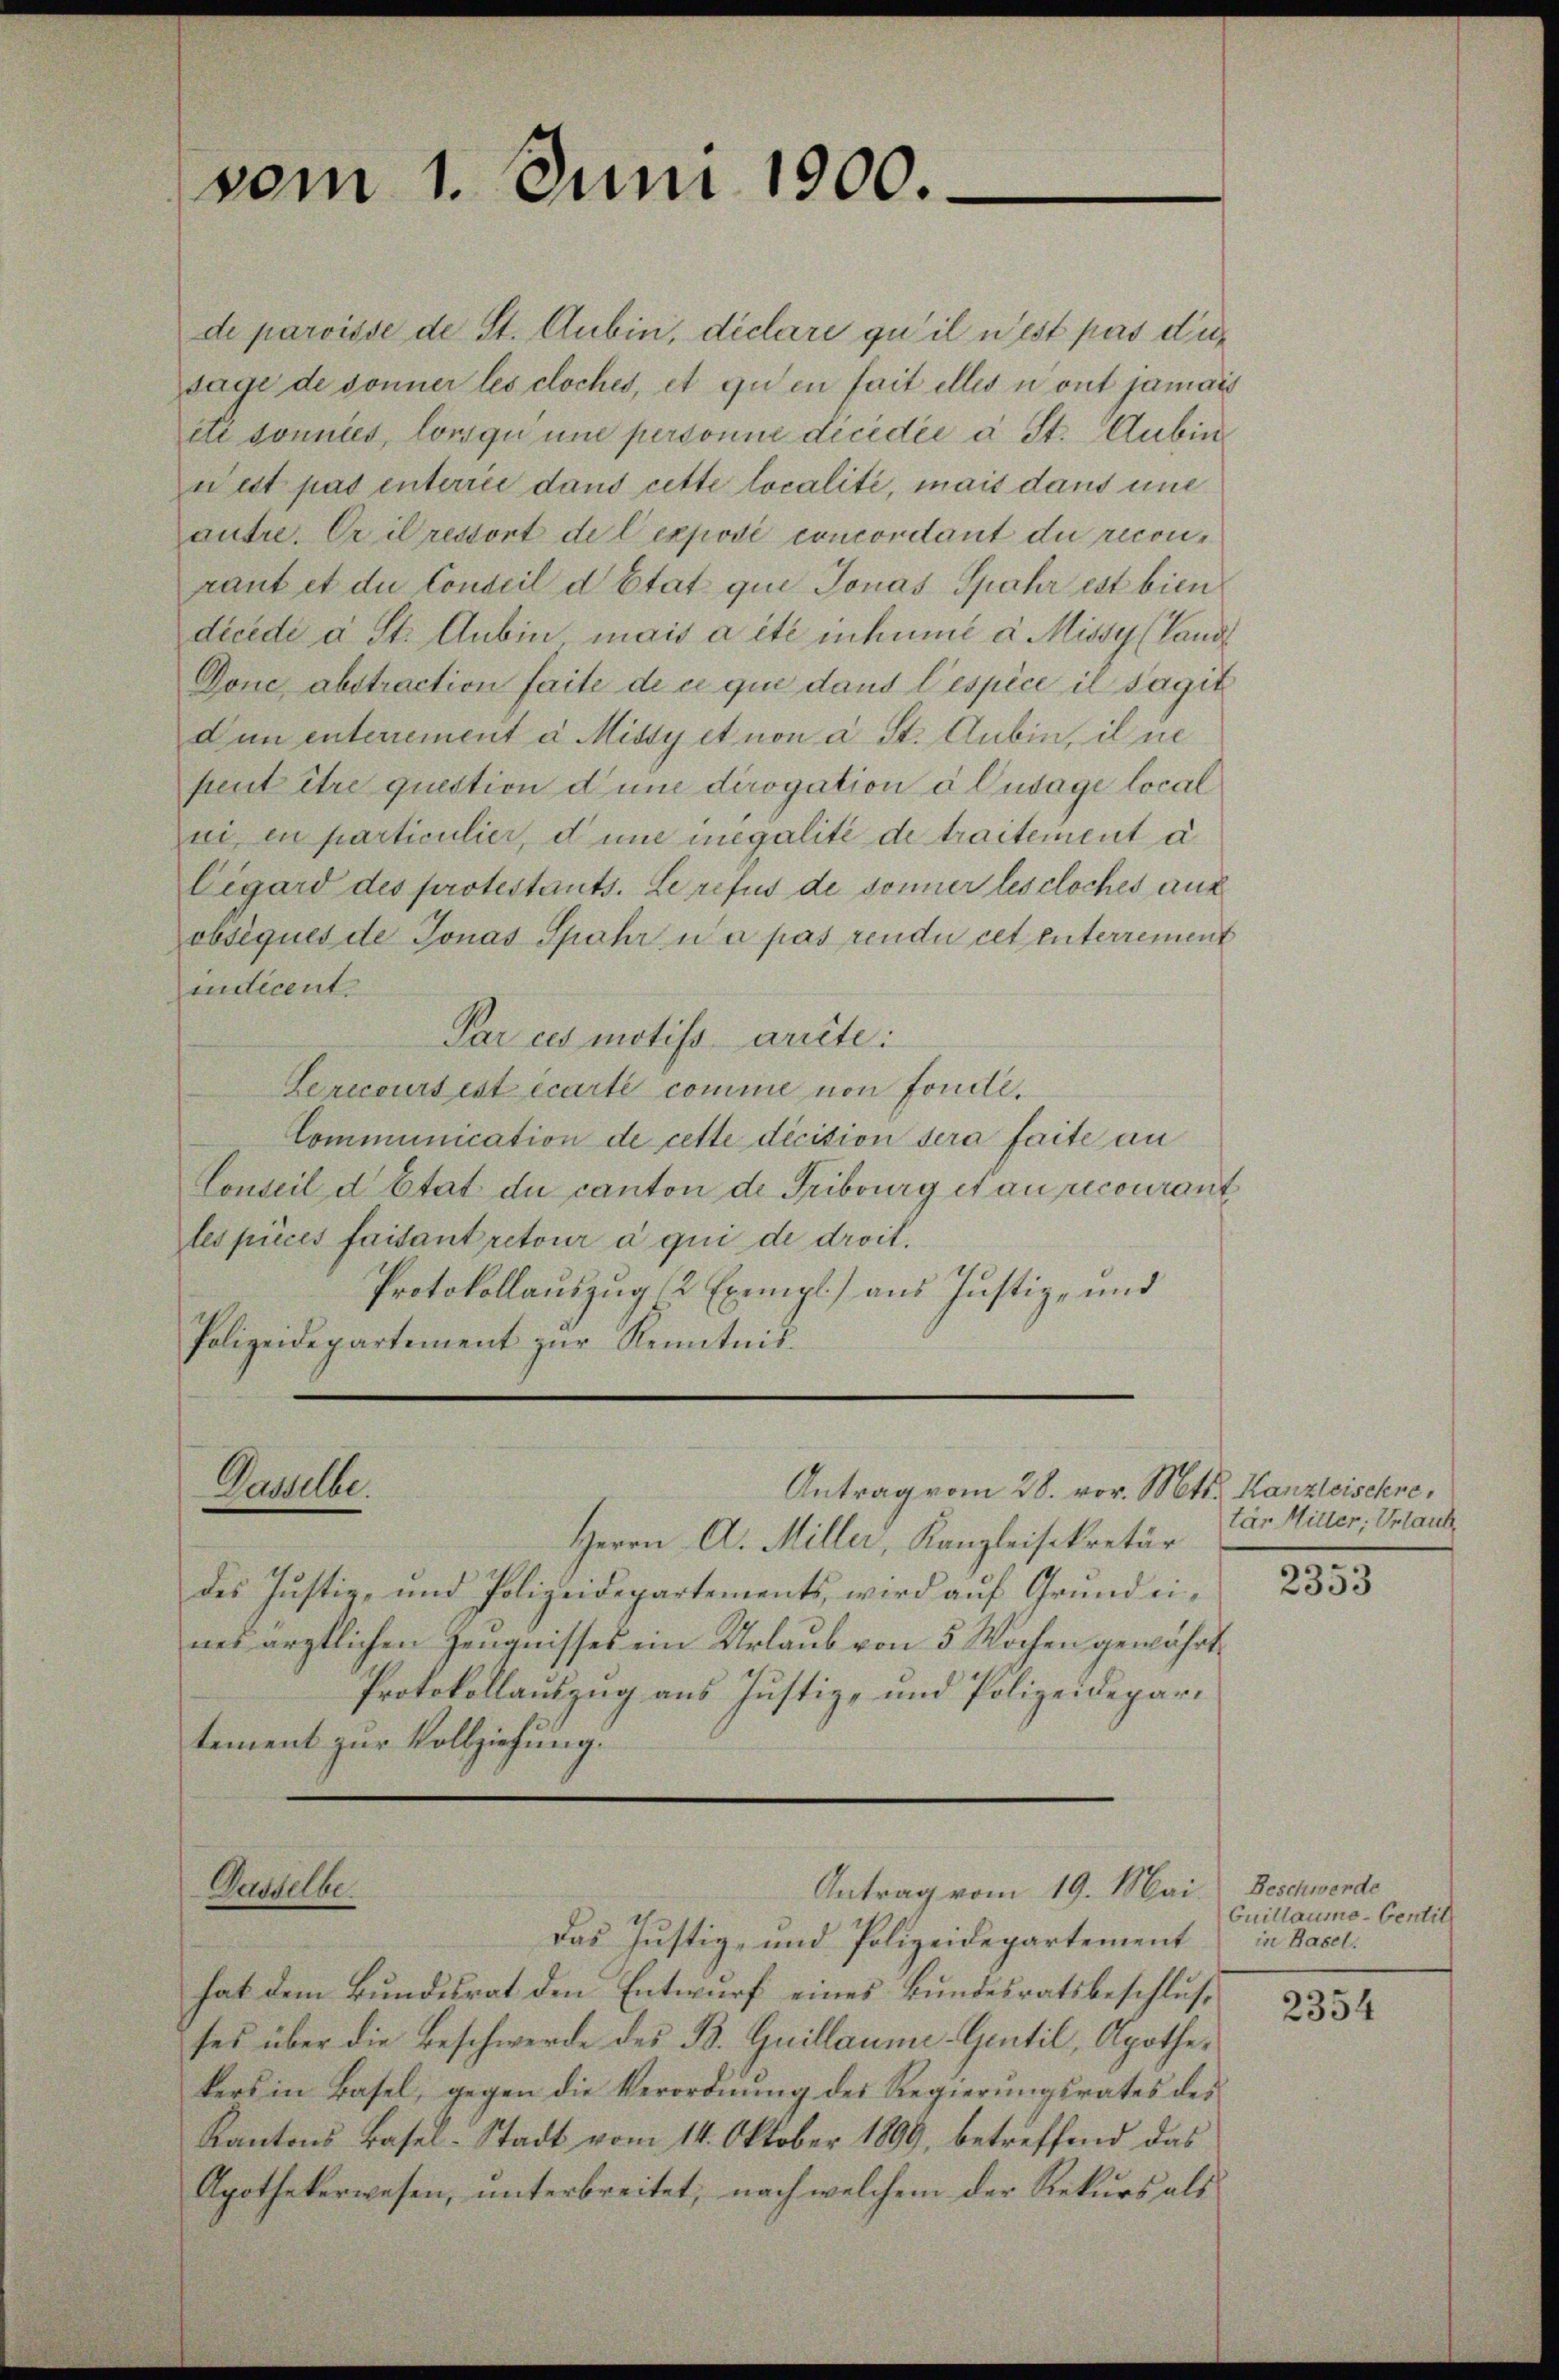
vom 1. Juni 1900.

de paroisse de St. Aubin, déclare qu’il n’est pas diesade de sonner les cloches, et qu’en fait elles u ont jamais
etc donnies, lorsqu une personne dicidii a St. Aubin
nest pas interrei dans cette localité, mais dans une
autre. Er il ressort de lexpodi concordant du reconraut et du Conseil d Etat que Jonas Spahr est bien
dicede a St. Aubin mais a été inhume a Missy (Landl
Done, abstraction faite de ce que dans l’espice il sagit
Dun interement à Missy et non a St. Aubin, il ne
sreut être question d’une dirogation à usage local
ui en particulier, d’une megalité de traitement a.
Cigard des protestants. Le refus de sonner les cloches aux
abséques de Jonas Spahr u a pas rendu cet interrement
indicent.
Par ces motifs arite:
Lerccours est écarte comme von fondle.
Communication de cette decision sera faite an
Conseil d. Etat du canton de Fribourg et au recourant
les pièces faisant retour à qui de droit.
Protokollauszug (2 Exempl.) aus Justiz- und
Polizeidepartement zŭr Kenntnis.

Antrag vom 28. vor. Mts. Kanzleischre¬
Dasselbe.

Dasselbe

Antrag vom 19. Mai.

Herrn A. Miller, Kanzleisekretär
des Justiz- und Polizeidepartements, wird auf Grundeines ärztlichen Zeugnisses ein Urlaub von 5 Wochen gewährt.
Protokollauszug aus Justiz- und Polizeidepartement zur Vollziehung.

Das Justiz- und Polizeidepartement
hat dem Bundesrat den Entwurf eines Bundesratsbeschlusses über die Beschwerde des B. Quillaume-Gentil, Apothekers in Basel, gegen die Verordnung des Regierungsrates des
Kantons Basel-Stadt vom 14. Oktober 1899, betreffend das
Apothekerwesen, unterbreitet, nach welchem der Rekurs als

tär Miller, Urlaub

2353

Beschwerde
Cuillaumo-Centil
in Basel.

2354